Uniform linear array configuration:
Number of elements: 16
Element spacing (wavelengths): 1
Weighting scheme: exponential
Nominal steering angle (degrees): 60
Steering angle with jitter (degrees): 61.887
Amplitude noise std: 0.05
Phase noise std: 0.05

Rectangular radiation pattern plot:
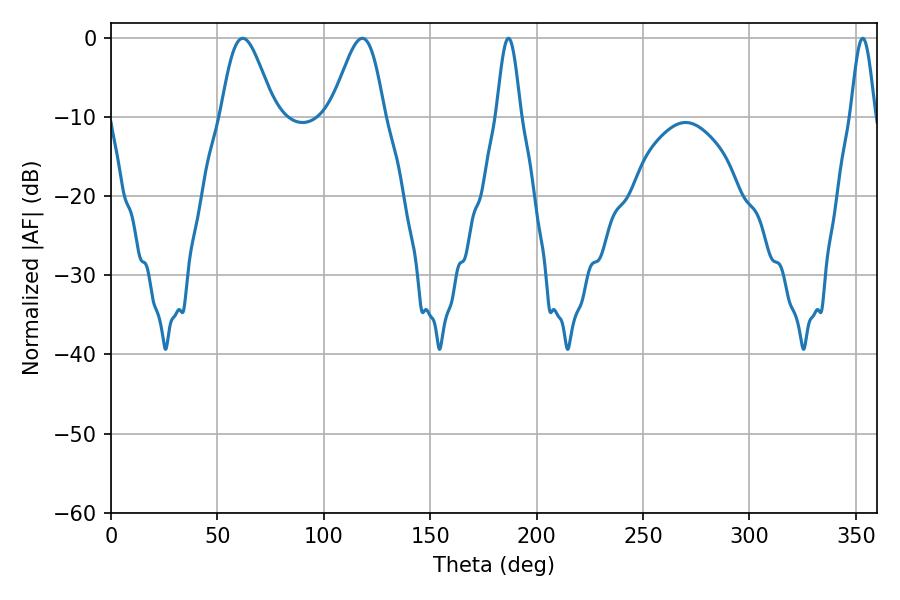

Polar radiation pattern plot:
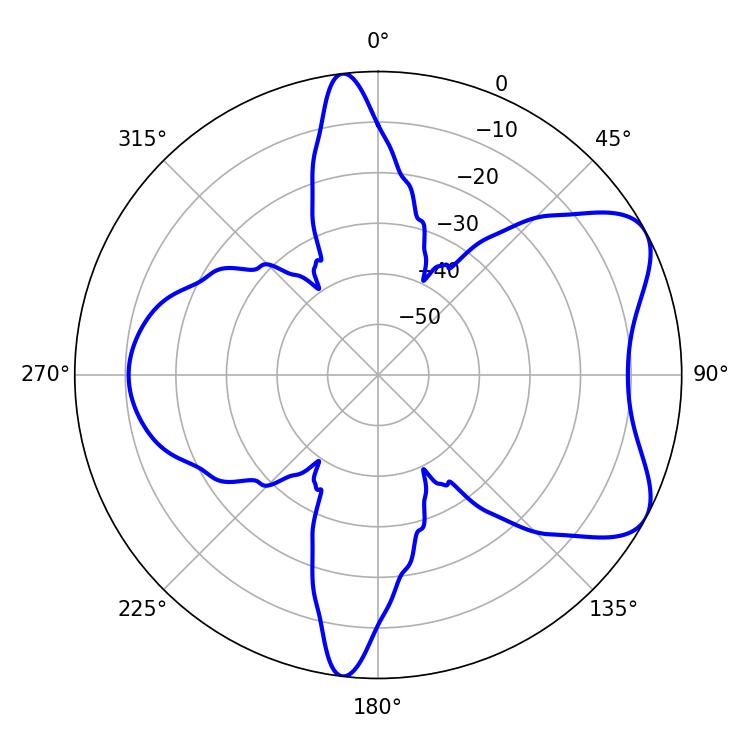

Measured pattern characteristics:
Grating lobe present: TRUE
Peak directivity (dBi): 6.699
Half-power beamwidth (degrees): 13.32
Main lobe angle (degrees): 61.92